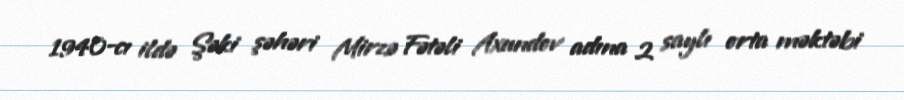
1940-cı ildə Şəki şəhəri Mirzə Fətəli Axundov adına 2 saylı orta məktəbi